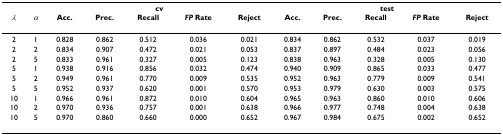
<table><thead><tr><td></td><td></td><td colspan="5"><b>cv</b></td><td colspan="5"><b>test</b></td></tr><tr><td><b><i>λ</i></b></td><td><b><i>α</i></b></td><td><b>Acc.</b></td><td><b>Prec.</b></td><td><b>Recall</b></td><td><b><i>FP </i>Rate</b></td><td><b>Reject</b></td><td><b>Acc.</b></td><td><b>Prec.</b></td><td><b>Recall</b></td><td><b><i>FP </i>Rate</b></td><td><b>Reject</b></td></tr></thead><tbody><tr><td>2</td><td>1</td><td>0.828</td><td>0.862</td><td>0.512</td><td>0.036</td><td>0.021</td><td>0.834</td><td>0.862</td><td>0.532</td><td>0.037</td><td>0.019</td></tr><tr><td>2</td><td>2</td><td>0.834</td><td>0.907</td><td>0.472</td><td>0.021</td><td>0.053</td><td>0.837</td><td>0.897</td><td>0.484</td><td>0.023</td><td>0.056</td></tr><tr><td>2</td><td>5</td><td>0.833</td><td>0.961</td><td>0.327</td><td>0.005</td><td>0.123</td><td>0.838</td><td>0.963</td><td>0.328</td><td>0.005</td><td>0.130</td></tr><tr><td>5</td><td>1</td><td>0.938</td><td>0.916</td><td>0.856</td><td>0.032</td><td>0.474</td><td>0.940</td><td>0.909</td><td>0.865</td><td>0.033</td><td>0.477</td></tr><tr><td>5</td><td>2</td><td>0.949</td><td>0.961</td><td>0.770</td><td>0.009</td><td>0.535</td><td>0.952</td><td>0.963</td><td>0.779</td><td>0.009</td><td>0.541</td></tr><tr><td>5</td><td>5</td><td>0.952</td><td>0.937</td><td>0.620</td><td>0.001</td><td>0.570</td><td>0.953</td><td>0.979</td><td>0.630</td><td>0.003</td><td>0.575</td></tr><tr><td>10</td><td>1</td><td>0.966</td><td>0.961</td><td>0.872</td><td>0.010</td><td>0.604</td><td>0.965</td><td>0.963</td><td>0.860</td><td>0.010</td><td>0.606</td></tr><tr><td>10</td><td>2</td><td>0.970</td><td>0.936</td><td>0.757</td><td>0.001</td><td>0.638</td><td>0.966</td><td>0.977</td><td>0.748</td><td>0.004</td><td>0.638</td></tr><tr><td>10</td><td>5</td><td>0.970</td><td>0.860</td><td>0.660</td><td>0.000</td><td>0.652</td><td>0.967</td><td>0.984</td><td>0.675</td><td>0.002</td><td>0.652</td></tr></tbody></table>